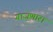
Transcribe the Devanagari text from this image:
गाजणारा